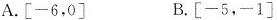
A.[-6，0] B.[-5，-1]